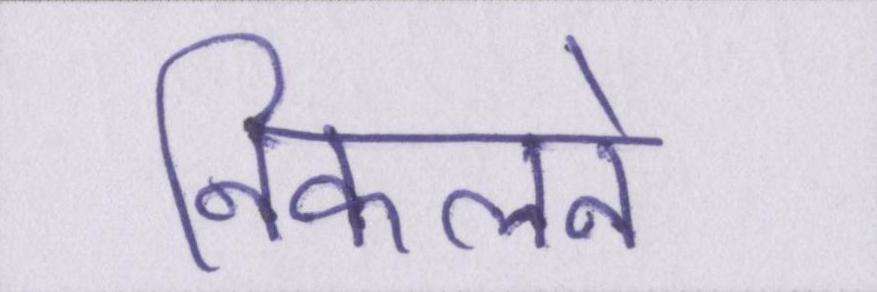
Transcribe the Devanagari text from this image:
निकलने